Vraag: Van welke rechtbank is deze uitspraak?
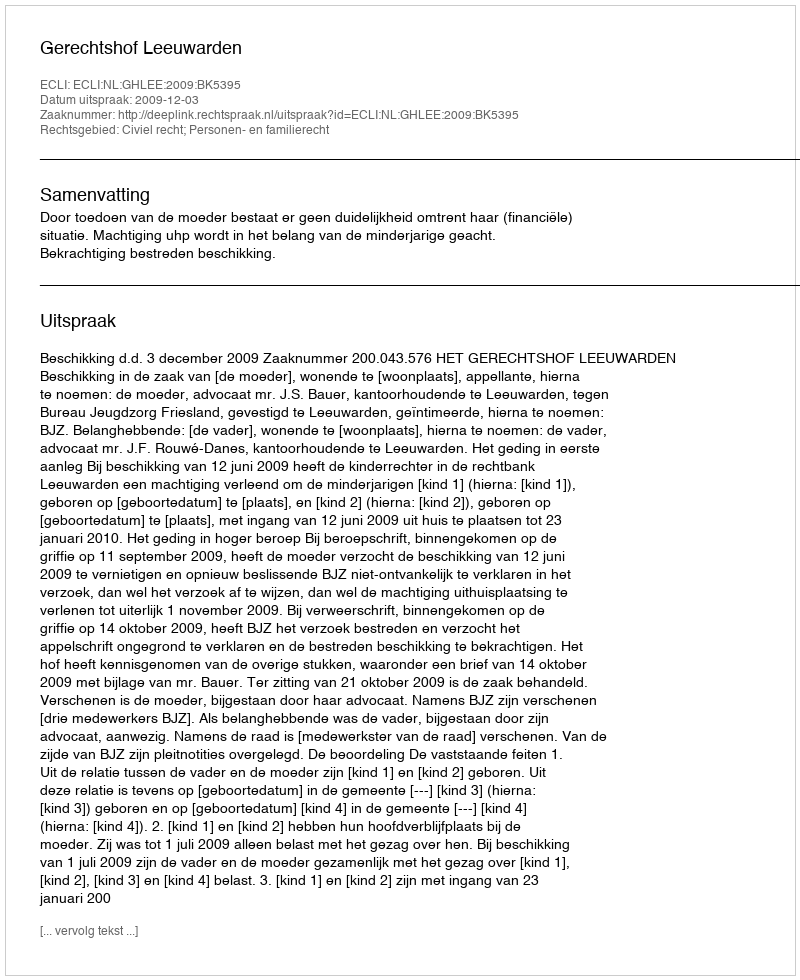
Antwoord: Gerechtshof Leeuwarden